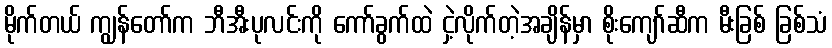
မိုက်တယ် ကျွန်တော်က ဘီအီးပုလင်းကို ကော်ခွက်ထဲ ငှဲ့လိုက်တဲ့အချိန်မှာ စိုးကျော်ဆီက မီးခြစ် ခြစ်သံ